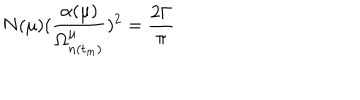
LaTeX: N ( \mu ) ( \frac { \alpha ( \mu ) } { \Omega _ { n ( t _ { m } ) } ^ { \mu } } ) ^ { 2 } = \frac { 2 \Gamma } { \pi }